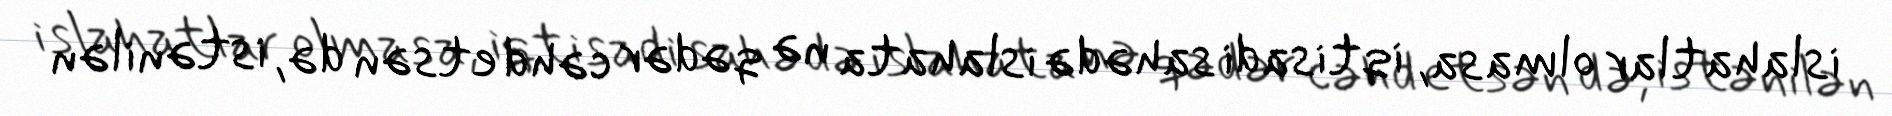
islahatlar olmasa, iqtisadi sahədə islahata nə qədər cəhd etsən də, istənilən